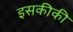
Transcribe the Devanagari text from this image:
इसकीकी